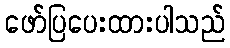
ဖော်ပြပေးထားပါသည်